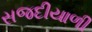
સજદીયાળી